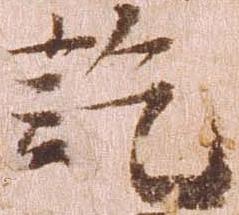
訖